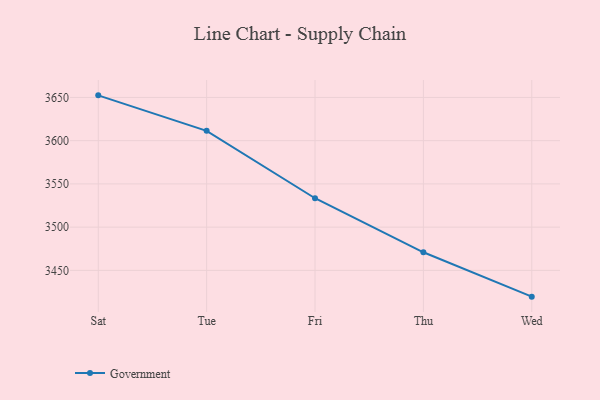
{"axis": {"x": "Day", "y": "Satisfaction Score"}, "legend": ["Government"], "data": [{"x": "Sat", "y": 3652.4, "type": "Government"}, {"x": "Tue", "y": 3611.4, "type": "Government"}, {"x": "Fri", "y": 3533.4, "type": "Government"}, {"x": "Thu", "y": 3470.9, "type": "Government"}, {"x": "Wed", "y": 3419.6, "type": "Government"}]}